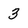
Character: 3